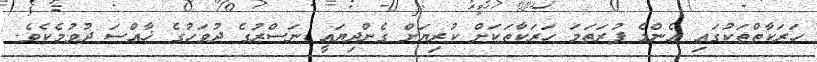
ހަރަކާތްތަކުގައި އެންމެ ފުރަަތަމަ ހަރަކާތަކަށް ކުރިޔަށް ގެންދިޔައީ ނަސްރުގެ ދުވަހުގެ ޚާއްސަ ދުވުމެކެވެ.